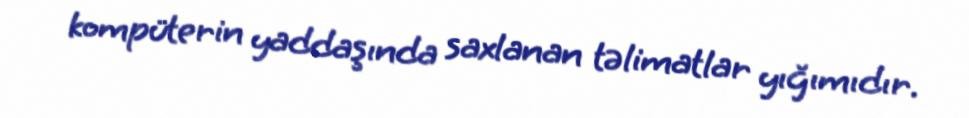
kompüterin yaddaşında saxlanan təlimatlar yığımıdır.